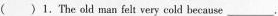
( 〉1. The old man felt very cold because